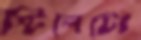
স্টিলেটো